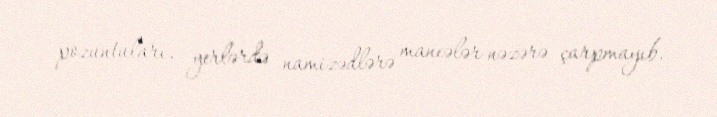
pozuntuları, yerlərdə namizədlərə maneələr nəzərə çarpmayıb.